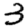
Digit: 3